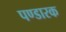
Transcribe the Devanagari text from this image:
पण्डारक